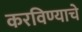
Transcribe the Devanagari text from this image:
करविण्याचे